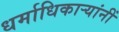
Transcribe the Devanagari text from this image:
धर्माधिकार्‍यांनीं